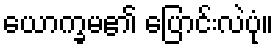
ယောက္ခမ၏ ပြောင်းလဲပုံ။